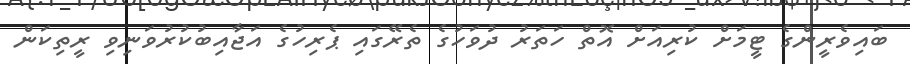
ބައިވެރީންގެ ޓީމަށް ކުރިއަށް އޮތް ހަތަރު ދުވަހުގެ ތެރޭގައި ޕެރިހުގެ އަޖާއިބުކުރުވަނިވި ރީތިކަން